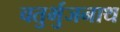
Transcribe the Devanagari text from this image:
चतुर्भुजनाथ